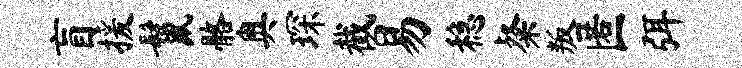
盲援鬣髂奥琛截易稳粲叛匿弭